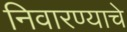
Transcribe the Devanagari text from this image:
निवारण्याचे